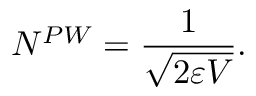
N ^ { P W } = \frac { 1 } { \sqrt { 2 \varepsilon V } } .